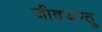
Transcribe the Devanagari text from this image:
जीवजन्तु